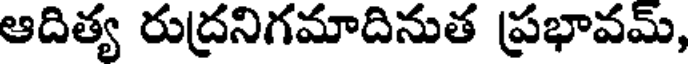
ఆదిత్య రుద్రనిగమాదినుత ప్రభావమ్,